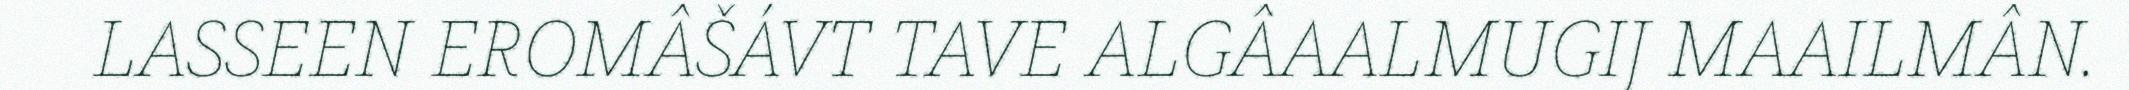
LASSEEN EROMÂŠÁVT TAVE ALGÂAALMUGIJ MAAILMÂN.